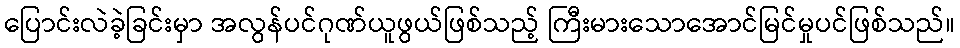
ပြောင်းလဲခဲ့ခြင်းမှာ အလွန်ပင်ဂုဏ်ယူဖွယ်ဖြစ်သည့် ကြီးမားသောအောင်မြင်မှုပင်ဖြစ်သည်။